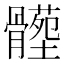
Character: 𩪝